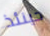
حينئذ